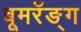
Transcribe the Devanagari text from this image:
बूमरॅङ्ग